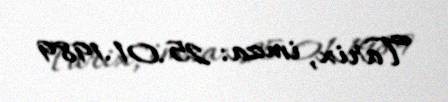
Tarix, imza: 25.01.1989